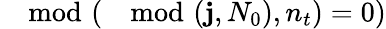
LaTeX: \mod(\mod(\mathbf{j},N_{0}),n_{t})=0)